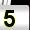
Digit: 5